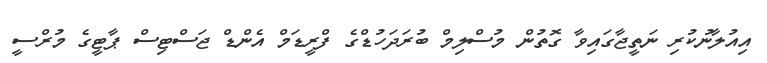
އިއުލާނުކުރި ނަތީޖާގައިވާ ގޮތުން މުސްލިމް ބުރަދަހުޑްގެ ފްރީޑަމް އެންޑް ޖަސްޓިސް ޕާޓީގެ މުރްސީ